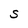
Character: S